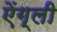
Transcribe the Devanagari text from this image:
ऐंग्ली